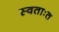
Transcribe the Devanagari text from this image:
स्वताःत